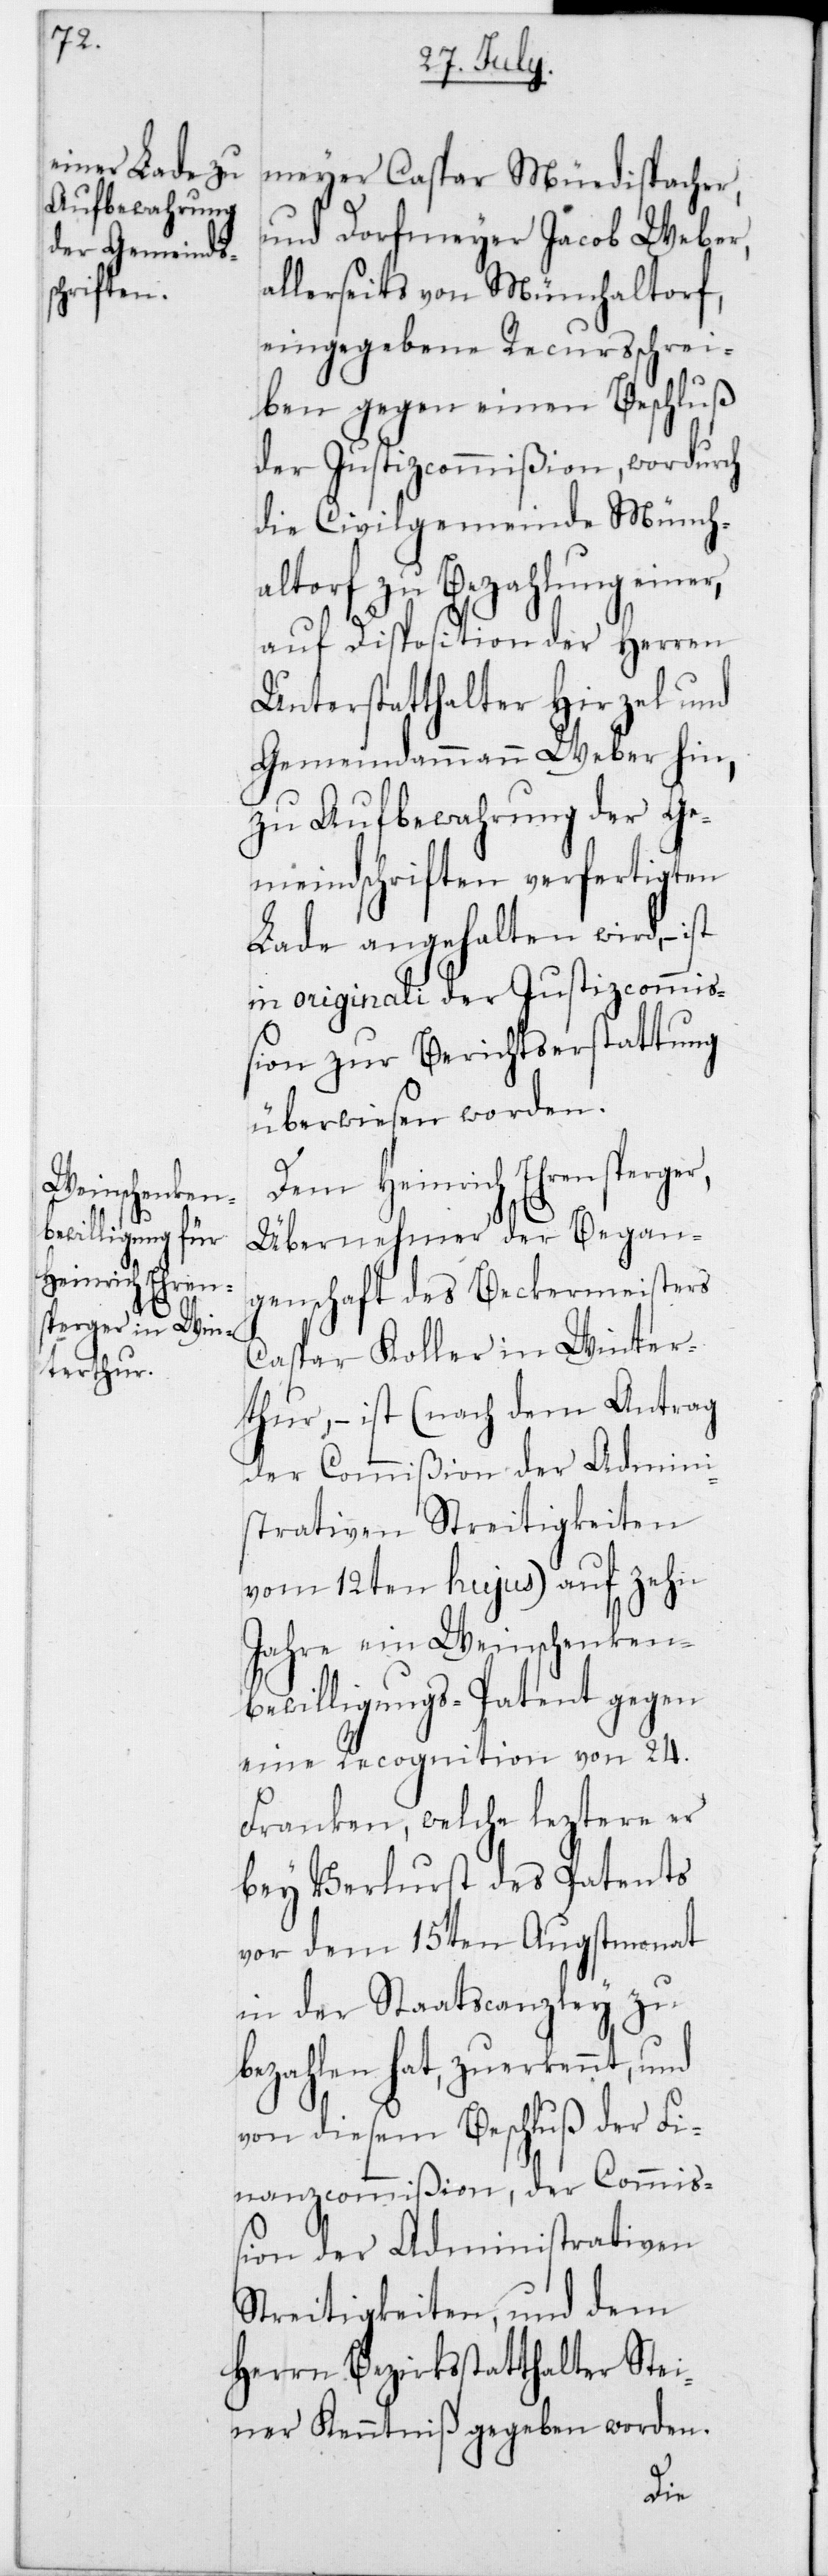
meyer Caspar Müedispacher,
und Dorfmeyer Jacob Weber,
allerseits von Münchaltorf,
eingegebene Recursschrei¬
ben gegen einen Beschluß
der Justizcommißion, wordurch
die Civilgemeinde Münch¬
altorf zu Bezahlung einer,
auf Disposition der Herren
Unterstatthalter Hirzel und
Gemeindammann Weber hin,
zu Aufbewahrung der Ge¬
meindschriften verfertigten
Lade angehalten wird,
in originali der Justizcommiß¬
ion zur Berichtserstattung
überwiesen worden.
Dem Heinrich Ehrensperger,
Übernehmer der Began¬
genschaft des Beckermeisters
Caspar Koller in Winter¬
thur, – ist (nach dem Antrag
der Commißion der Admini¬
strativen Streitigkeiten
vom 12ten hujus) auf zehn
Jahre ein Weinschenken¬
bewilligungs-Patent gegen
eine Recognition von 24
Franken, welche leztere er
bey Verlust des Patents
vor dem 15ten Augstmonat
in der Staatscanzley zu
bezahlen hat, zuerkennt und
von diesem Beschluß der Fi¬
nanzcommißion, der Commi¬
ßion der Administrativen
Streitigkeiten, und dem
Herrn Bezirksstatthalter Stei¬
ner Kenntniß gegeben worden.